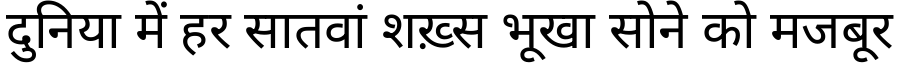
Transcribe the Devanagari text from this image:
दुनिया में हर सातवां शख़्स भूखा सोने को मजबूर